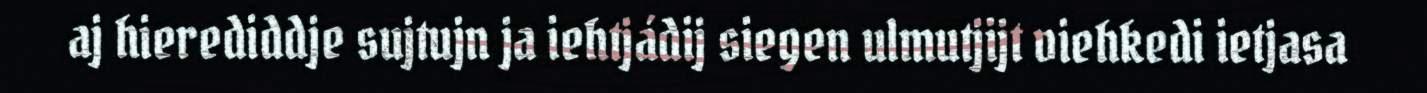
aj hierediddje sujtujn ja iehtjádij siegen ulmutjijt viehkedi ietjasa